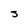
Character: J